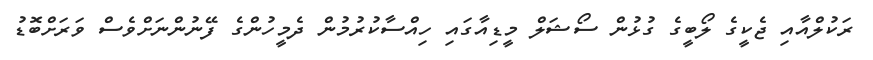
ރަކުލްއާއި ޖެކީގެ ލޯބީގެ ގުޅުން ސޯޝަލް މީޑިއާގައި ހިއްސާކުރުމުން ދެމީހުންގެ ފޭނުންނަށްވެސް ވަރަށްބޮޑު